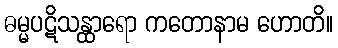
ဓမ္မပဋိသန္ထာရော ကတောနာမ ဟောတိ။